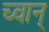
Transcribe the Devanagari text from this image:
च्वान्